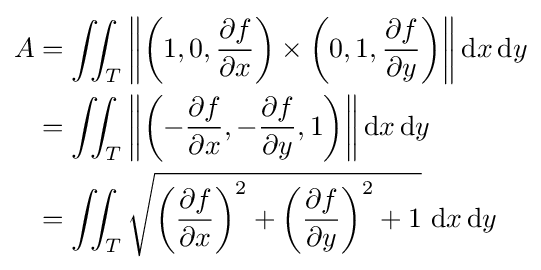
{\begin{aligned}A&{}=\iint _{T}\left\|\left(1,0,{\partial f \over \partial x}\right)\times \left(0,1,{\partial f \over \partial y}\right)\right\|\mathrm {d} x\,\mathrm {d} y\\&{}=\iint _{T}\left\|\left(-{\partial f \over \partial x},-{\partial f \over \partial y},1\right)\right\|\mathrm {d} x\,\mathrm {d} y\\&{}=\iint _{T}{\sqrt {\left({\partial f \over \partial x}\right)^{2}+\left({\partial f \over \partial y}\right)^{2}+1}}\,\,\mathrm {d} x\,\mathrm {d} y\end{aligned}}